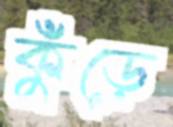
কুঁড়ে